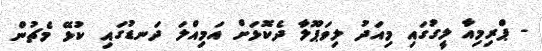
- ޕްރިމިއާ ލީގުގައި މިއަދު ލިވަޕޫލާ ދެކޮޅަށް އަމިއްލަ ދަނޑުގައި ކުޅޭ މެޗުން